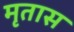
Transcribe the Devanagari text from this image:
मृतास